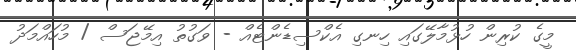
މީގެ ކުރިން ހުޅުމާލޭގައި ހިނގި އެކްސިޑެންޓެއް - ވަގުތު އިމޭޖަސް / މުހައްމަދު